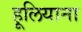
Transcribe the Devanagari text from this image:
हूलियाना